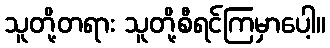
သူတို့တရား သူတို့စီရင်ကြမှာပေါ့။